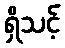
ရှိသင့်